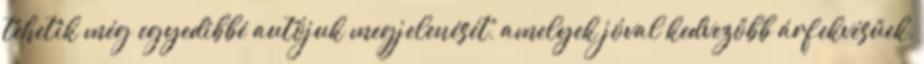
tehetik még egyedibbé autójuk megjelenését, amelyek jóval kedvezőbb árfekvésűek,